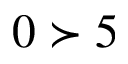
0 \succ 5